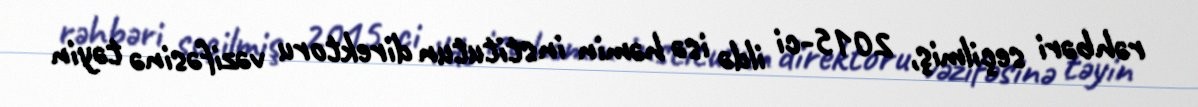
rəhbəri seçilmiş, 2015-ci ildə isə həmin institutun direktoru vəzifəsinə təyin